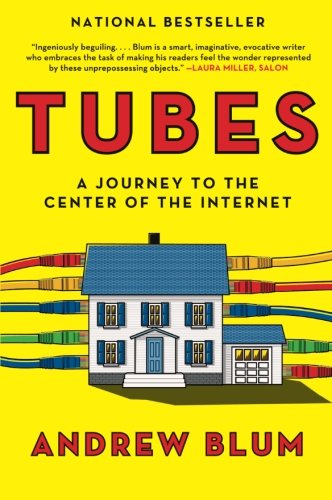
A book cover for Tubes: A Journey to the Center of the Internet; Andrew Blum; Computers & Technology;